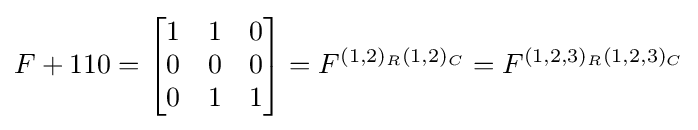
F+110={\begin{bmatrix}1&1&0\\0&0&0\\0&1&1\end{bmatrix}}=F^{(1,2)_{R}(1,2)_{C}}=F^{(1,2,3)_{R}(1,2,3)_{C}}